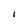
Character: l